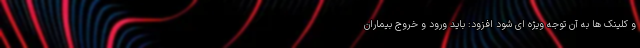
و کلینک ها به آن توجه ویژه ای شود افزود: باید ورود و خروج بیماران